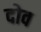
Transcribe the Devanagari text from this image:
दोव